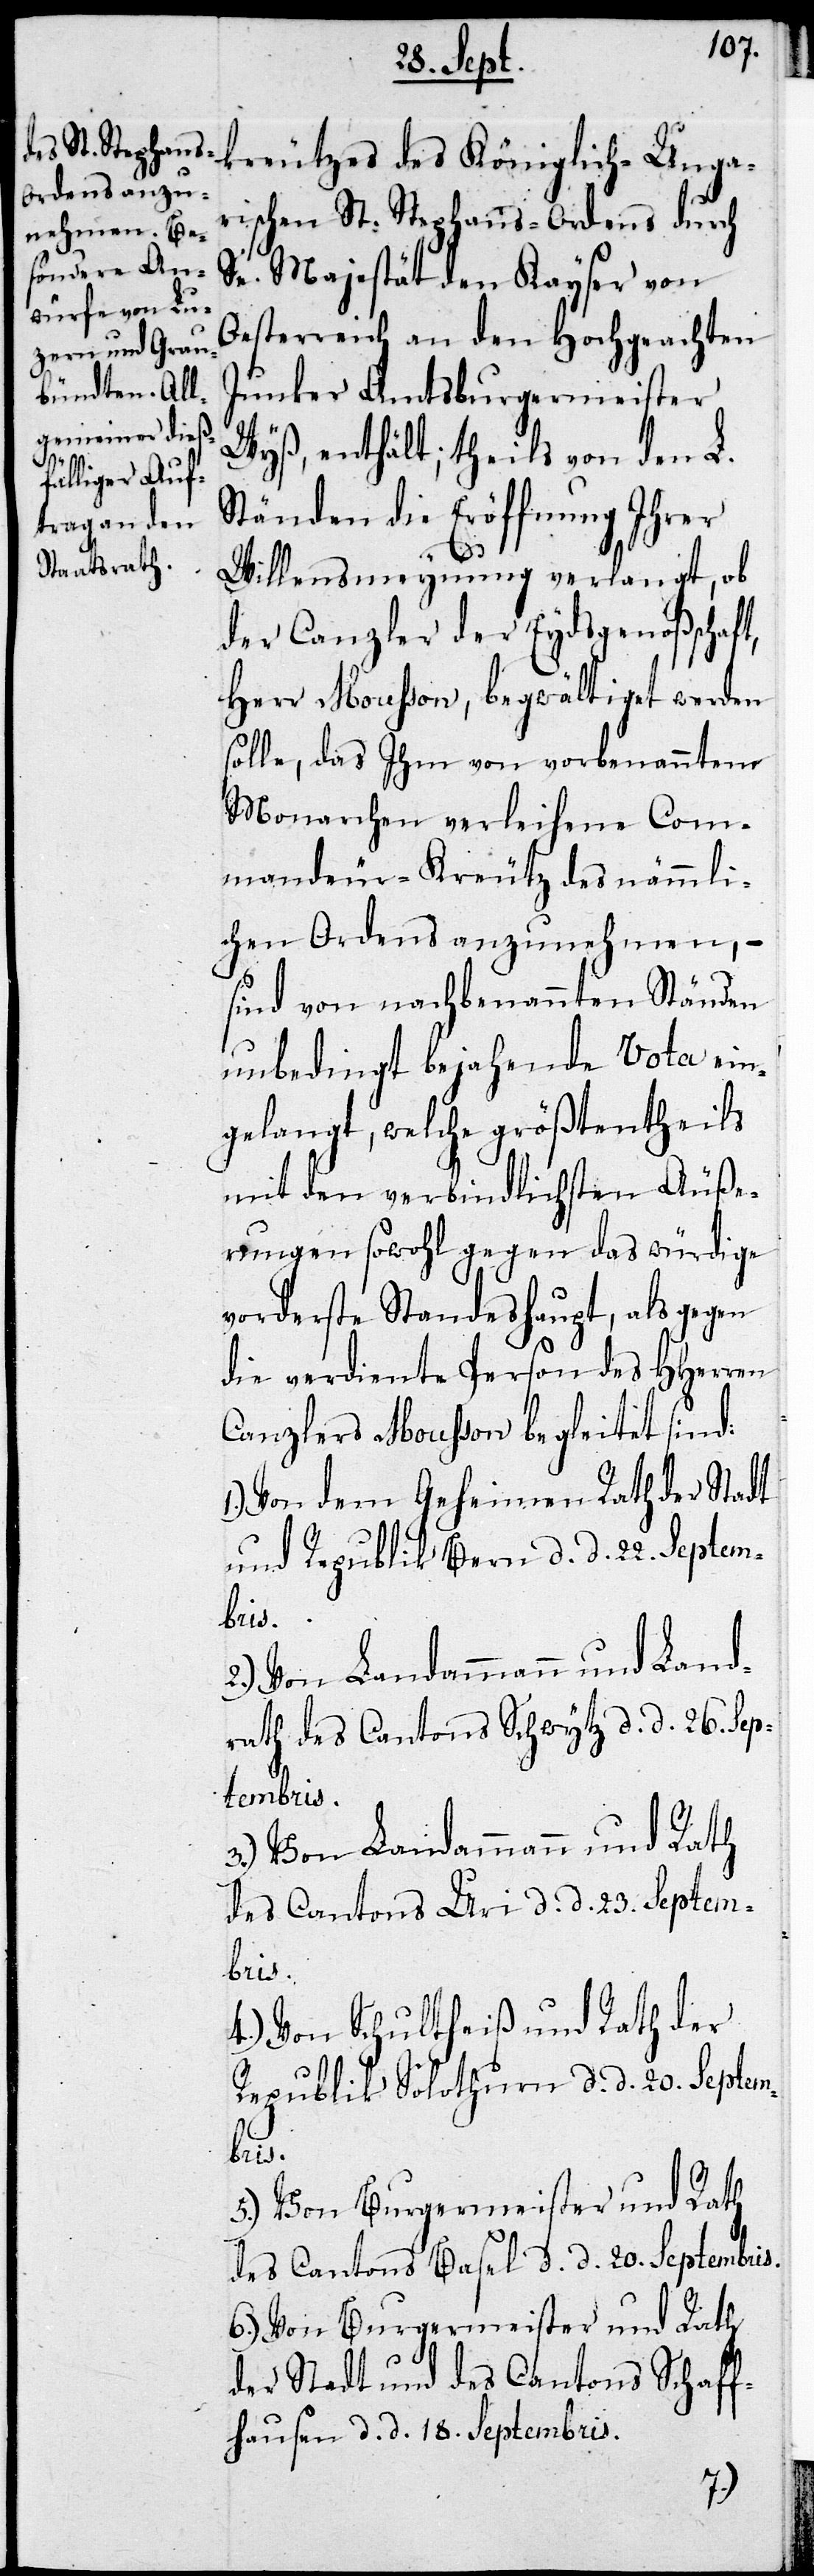
kreutzes des Königlich-Unga¬
rischen St. Stephans-Ordens durch
Se. Majestät den Kayser von
Oesterreich an den Hochgeachten
Junker Amtsburgermeister
Wyß, enthält; theils von den L.
Ständen die Eröffnung Ihrer
Willensmeynung verlangt, ob
der Canzler der Eydsgenoßenschaf¬
Herr Mousson, begwältiget werden
solle, das Ihm von vorbenanntem
Monarchen verliehene Com¬
mandeur-Kreutz des nämmli¬
chen Ordens anzunehmen, –
sind von nachbenannten Ständen
unbedingt bejahende Vota ein¬
gelangt, welche größtentheils
mit den verbindlichsten Äuße¬
rungen sowohl gegen das würdige
vorderste Standeshaupt, als gegen
die verdiente Person des HHerren
Canzlers Mousson begleitet sind:
1.) Von dem Geheimen Rath der Stadt
und Republik Bern d. d. 22. Septem¬
bris.
2.) Von Landammann und Land¬
rath des Cantons Schwytz d. d. 26. Sep¬
tembris.
3.) Von Landammann und Rath
des Cantons Uri d. d. 23sten Septem¬
bris.
4.) Von Schultheiß und Rath der
Republik Solothurn d. d. 20. Septem¬
5.) Von Burgermeister und Rath
des Cantons Basel d. d. 20. Septembris.
6.) Von Burgermeister und Rath
der Stadt und des Cantons Schaff¬
hausen d. d. 18. Septembris.
t,